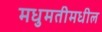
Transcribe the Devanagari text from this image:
मधुमतीमधील